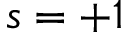
s = + 1